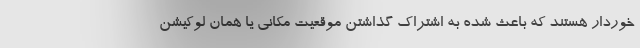
خوردار هستند که باعث شده به اشتراک گذاشتن موقعیت مکانی یا همان لوکیشن